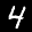
Label: 4